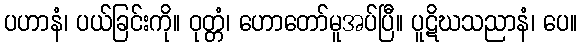
ပဟာနံ၊ ပယ်ခြင်းကို။ ဝုတ္တံ၊ ဟောတော်မူအပ်ပြီ။ ပူဋိဃသညာနံ၊ ပေ။